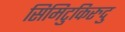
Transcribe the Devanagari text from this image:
सिमिटुकिरुदु